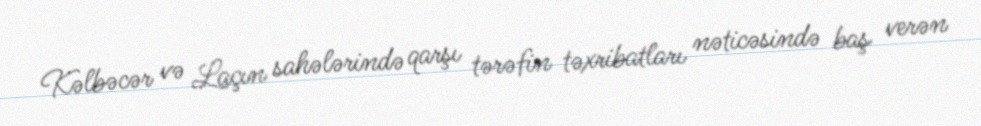
Kəlbəcər və Laçın sahələrində qarşı tərəfin təxribatları nəticəsində baş verən